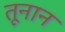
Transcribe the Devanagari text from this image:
तूनान